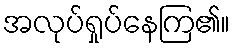
အလုပ်ရှုပ်နေကြ၏။